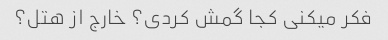
فکر میکنی کجا گمش کردی؟ خارج از هتل؟